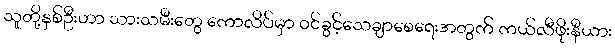
သူတို့နှစ်ဦးဟာ သားသမီးတွေ ကောလိပ်မှာ ဝင်ခွင့်သေချာစေရေးအတွက် ကယ်လီဖိုးနီယား